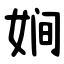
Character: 㛠